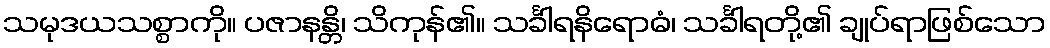
သမုဒယသစ္စာကို။ ပဇာနန္တိ၊ သိကုန်၏။ သင်္ခါရနိရောဓံ၊ သင်္ခါရတို့၏ ချုပ်ရာဖြစ်သော